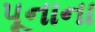
પૂનાના